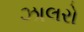
ઝાલરો